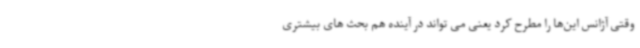
وقتی آژانس این‌ها را مطرح کرد یعنی می تواند در آینده هم بحث های بیشتری